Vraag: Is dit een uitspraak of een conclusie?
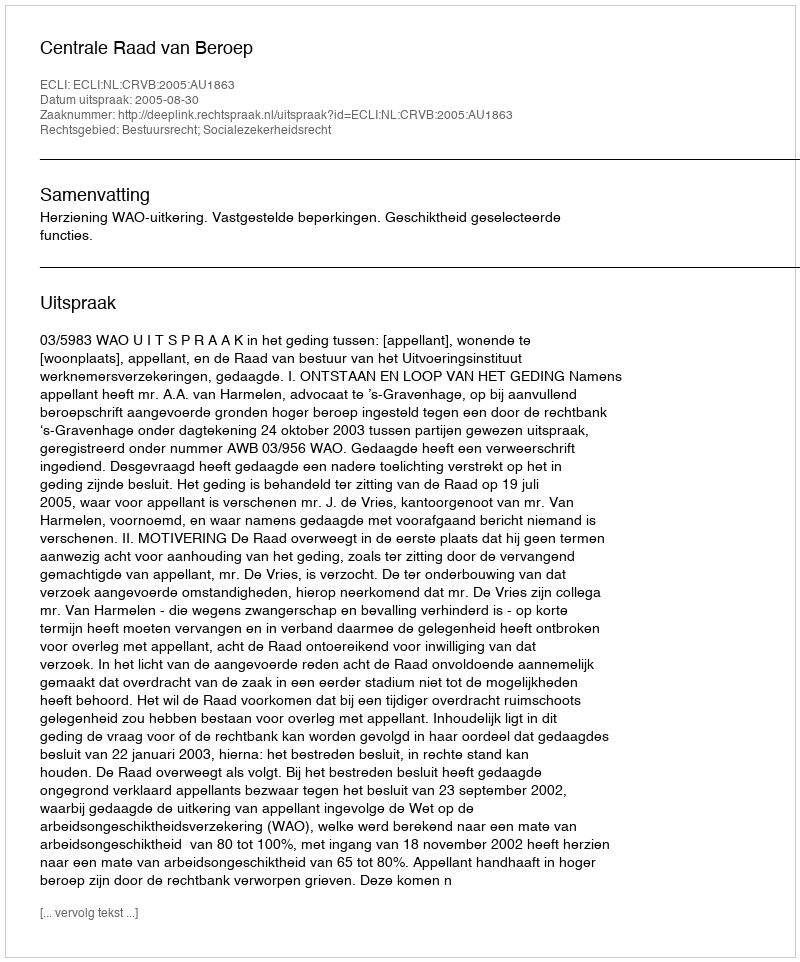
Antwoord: Uitspraak